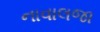
નાવાલજા